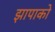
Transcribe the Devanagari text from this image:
झापाको